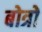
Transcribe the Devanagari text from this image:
बोत्रों